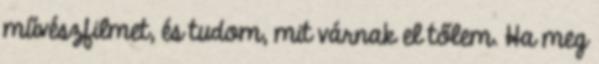
művészfilmet, és tudom, mit várnak el tőlem. Ha meg